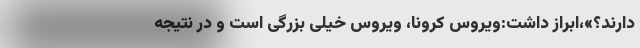
دارند؟»‌،ابراز داشت:ویروس کرونا، ویروس خیلی بزرگی است و در نتیجه